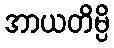
အာယတိမ္ပိ